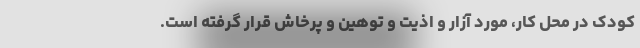
کودک در محل کار، مورد آزار و اذیت و توهین و پرخاش قرار گرفته است.